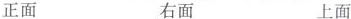
正面 右面 上面